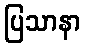
ပြသာနာ